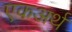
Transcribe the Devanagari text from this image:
एकअर्थ